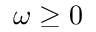
\omega \ge 0